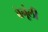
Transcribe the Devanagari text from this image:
बेनूंली